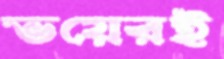
ভয়েরই